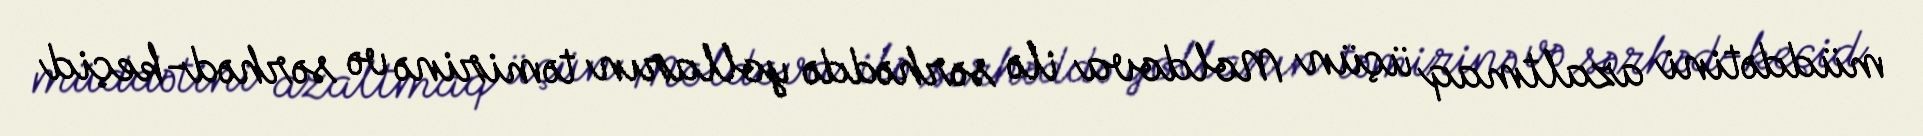
müddətini azaltmaq üçün Moldova ilə sərhəddə yolların təmirinə və sərhəd-keçid